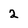
Character: 2